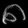
Digit: ၈